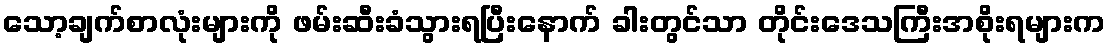
သော့ချက်စာလုံးများကို ဖမ်းဆီးခံသွားရပြီးနောက် ခါးတွင်သာ တိုင်းဒေသကြီးအစိုးရများက